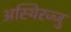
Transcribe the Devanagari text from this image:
अस्थिरज्जु